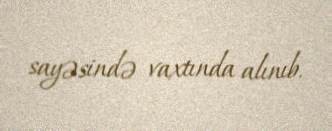
sayəsində vaxtında alınıb.